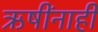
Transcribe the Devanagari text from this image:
ऋषींनाही